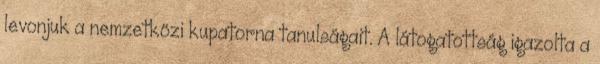
levonjuk a nemzetközi kupatorna tanulságait. A látogatottság igazolta a